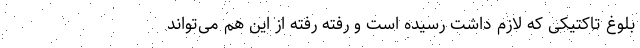
بلوغ تاکتیکی که لازم داشت رسیده است و رفته رفته از این هم می‌تواند